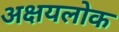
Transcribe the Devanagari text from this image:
अक्षयलोक